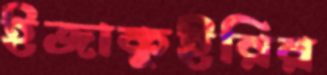
ইজাকুইরির